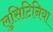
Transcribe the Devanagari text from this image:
लुसिटिनिया